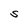
Character: S